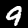
Digit: 9